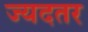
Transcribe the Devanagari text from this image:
ज्यदतर